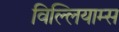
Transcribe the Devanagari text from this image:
विल्लियाम्स